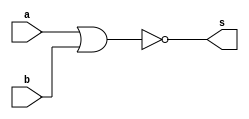
// ------------------------- 
// --Construir a tabela_verdade para a porta NOR com 2 entradas. 
// -- Usar operador ( ~(a|b) ) na definio do mdulo. 
// --Usar $monitor (). 
// ----------------------------- 
// Exercicio02 - NOR 
// Nome: Milton costa teles da silva
// ------------------------- 
// ------------------------- 
// -- nor gate 
// -------------------------
module norgate ( output s, input a, input b); 
  assign s = ( ~(a|b) ); 
endmodule // norgate 
// --------------------- 
// -- test nor gate 
// --------------------- 
module testnorgate; 
// ------------------------- dados locais 
  reg a,b; // definir registradores 
  wire s; // definir conexao (fio) 
// ------------------------- instancia 
  norgate NOR1 (s, a, b); 
// ------------------------- preparacao 
  initial begin:start 
    a=0;b=0; 
  end 
// ------------------------- parte principal 
  initial begin:main 
    $display("Exercicio02 -  Milton teles da silva - 002751"); 
    $display("Test NOR gate"); 
    $display("\na | b = s\n"); 
    $monitor("%b ~| %b = %b",a, b ,s);
    #1 a=1; b=0;
    #1 a=0; b=1; 
    #1 a=1; b=1; 

  end 
endmodule // testnorgate